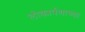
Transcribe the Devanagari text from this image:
लोकार्पणाच्या